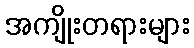
အကျိုးတရားများ